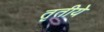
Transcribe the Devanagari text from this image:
तृतीये